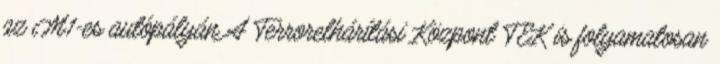
az M1-es autópályán A Terrorelhárítási Központ TEK is folyamatosan